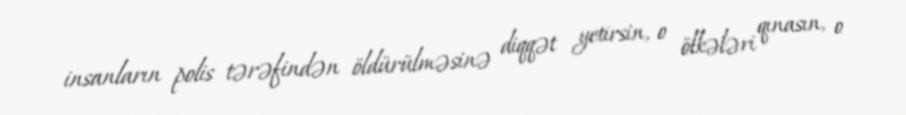
insanların polis tərəfindən öldürülməsinə diqqət yetirsin, o ölkələri qınasın, o